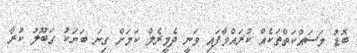
ބޮޑު މަސައްކަތްތަކެއް ކުރައްވާފައި ވަނީ ދެމީރެލް ކަމަށް ގިނަ ބަޔަކު ގަބޫލު ކުރާ